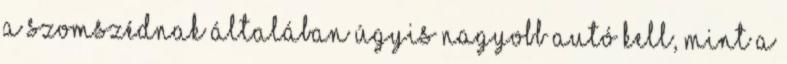
a szomszédnak általában úgyis nagyobb autó kell, mint a